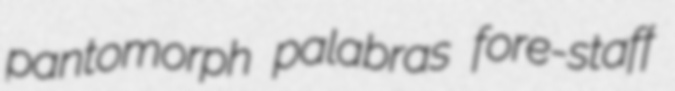
pantomorph palabras fore-staff